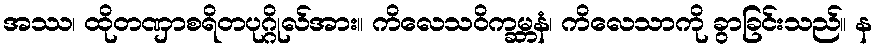
အဿ၊ ထိုတဏှာစရိတပုဂ္ဂိုလ်အား။ ကိလေသဝိက္ခမ္ဘနံ၊ ကိလေသာကို ခွာခြင်းသည်။ န